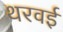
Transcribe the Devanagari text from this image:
थरवई